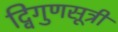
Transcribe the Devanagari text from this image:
द्विगुणसूत्री